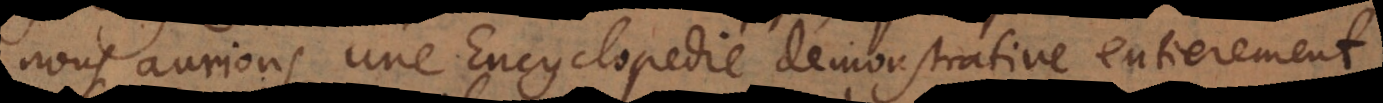
nous aurions une Encyclopedie demonstrative entierement